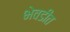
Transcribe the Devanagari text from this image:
भेवडीत